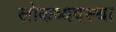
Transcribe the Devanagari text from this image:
लोकव्यवस्था